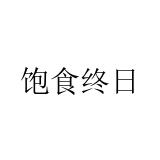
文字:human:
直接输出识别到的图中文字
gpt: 饱食终日